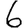
Digit: 6